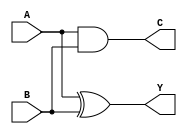
module HALF_ADDER(Y,C,A,B);
input A, B;
output Y, C;


xor xor_inst1(Y, A, B);
and and_inst2(C, A, B);

endmodule